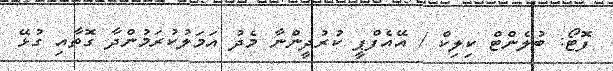
ފޮޓޯ: ބުލެންޓް ކިލިކް / އޭއެފްޕީ ކުރުދީންނާ މެދު އަމަލުކުރަމުންދާ ގޮތާއި ގުޅޭ